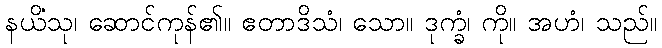
နယိံသု၊ ဆောင်ကုန်၏။ ဧတာဒိသံ၊ သော။ ဒုက္ခံ၊ ကို။ အဟံ၊ သည်။